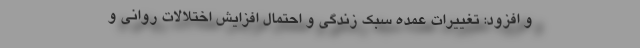
و افزود: تغییرات عمده سبک زندگی و احتمال افزایش اختلالات روانی و